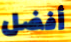
أفضل